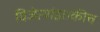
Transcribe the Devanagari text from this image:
विजेत्यांइतकीच